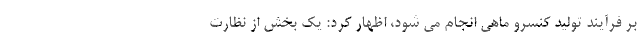
بر فرآیند تولید کنسرو ماهی انجام می شود، اظهار کرد: یک بخش از نظارت